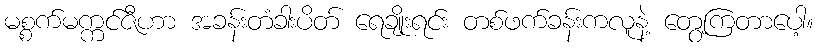
မစ္စက်မက္ကင်ဇီဟာ အခန်းတံခါးပိတ် ရေချိုးရင်း တစ်ဖက်ခန်းကလူနဲ့ တွေ့ကြတာပေါ့။